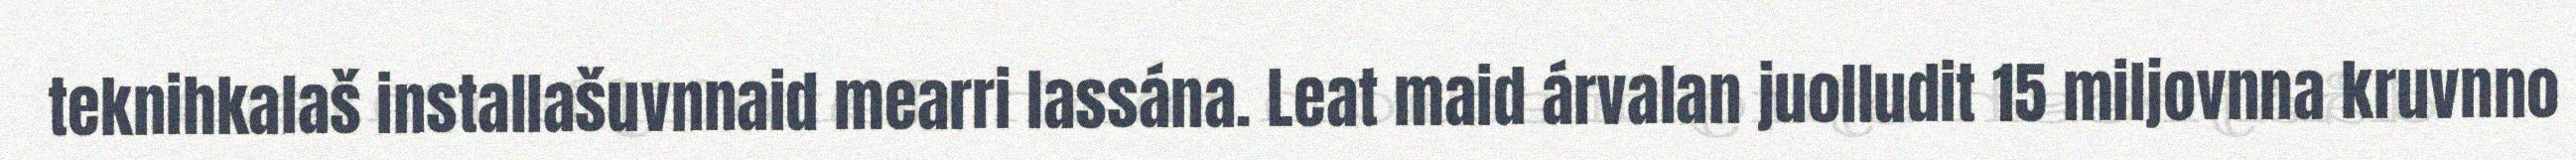
teknihkalaš installašuvnnaid mearri lassána. Leat maid árvalan juolludit 15 miljovnna kruvnno